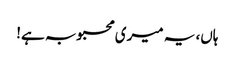
ہاں، یہ میری محبوبہ ہے!